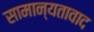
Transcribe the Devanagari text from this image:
सामान्यतावाद